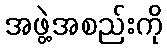
အဖွဲ့အစည်းကို